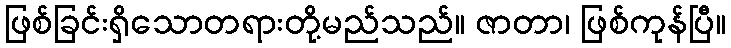
ဖြစ်ခြင်းရှိသောတရားတို့မည်သည်။ ဇာတာ၊ ဖြစ်ကုန်ပြီ။